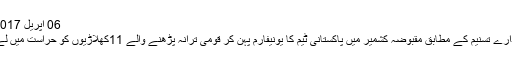
06 اپریل 2017 - 10:50
خبر رساں ادارے تسنیم کے مطابق مقبوضہ کشمیر میں پاکستانی ٹیم کا یونیفارم پہن کر قومی ترانہ پڑھنے والے 11کھلاڑیوں کو حراست میں لے لیا گیا ہے۔